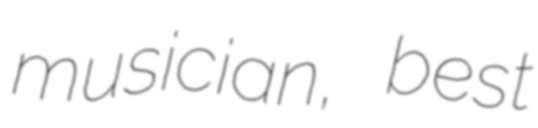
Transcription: musician, best